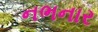
નભનાર